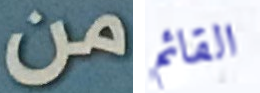
من القائم